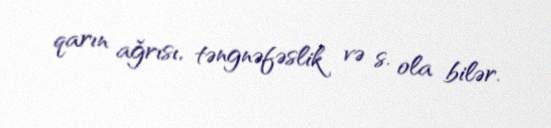
qarın ağrısı, təngnəfəslik və s. ola bilər.